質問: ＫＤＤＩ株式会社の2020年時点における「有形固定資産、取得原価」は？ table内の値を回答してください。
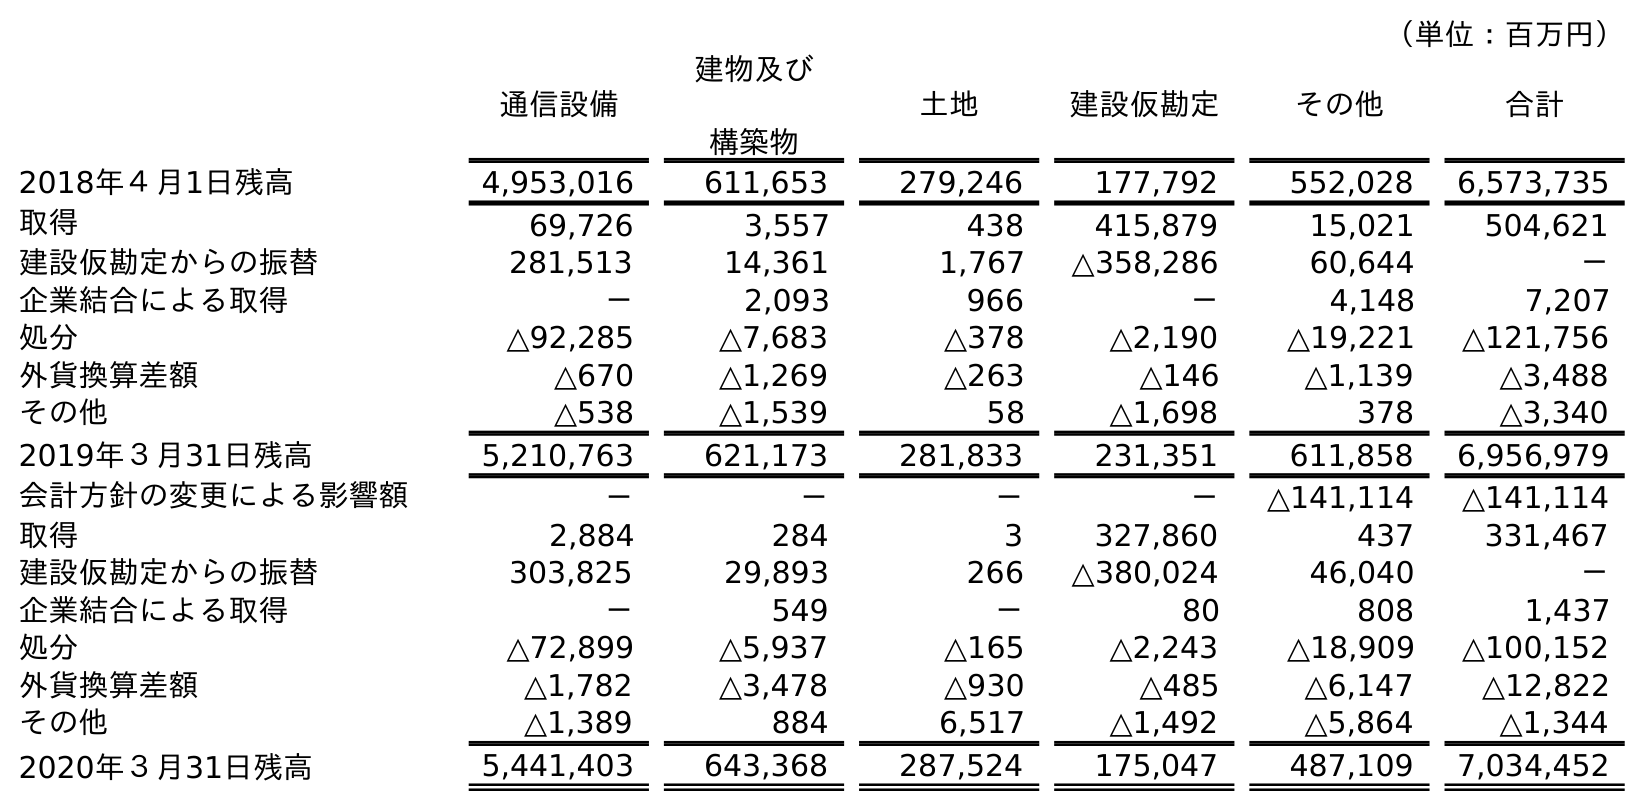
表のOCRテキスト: （単位：百万円） 通信設備 建物及び 構築物 土地 建設仮勘定 その他 合計 2018年４月1日残高 4,953,016 611,653 279,246 177,792 552,028 6,573,735 取得 69,726 3,557 438 415,879 15,021 504,621 建設仮勘定からの振替 281,513 14,361 1,767 △358,286 60,644 － 企業結合による取得 － 2,093 966 － 4,148 7,207 処分 △92,285 △7,683 △378 △2,190 △19,221 △121,756 外貨換算差額 △670 △1,269 △263 △146 △1,139 △3,488 その他 △538 △1,539 58 △1,698 378 △3,340 2019年３月31日残高 5,210,763 621,173 281,833 231,351 611,858 6,956,979 会計方針の変更による影響額 － － － － △141,114 △141,114 取得 2,884 284 3 327,860 437 331,467 建設仮勘定からの振替 303,825 29,893 266 △380,024 46,040 － 企業結合による取得 － 549 － 80 808 1,437 処分 △72,899 △5,937 △165 △2,243 △18,909 △100,152 外貨換算差額 △1,782 △3,478 △930 △485 △6,147 △12,822 その他 △1,389 884 6,517 △1,492 △5,864 △1,344 2020年３月31日残高 5,441,403 643,368 287,524 175,047 487,109 7,034,452
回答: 7,034,452